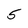
Character: 5